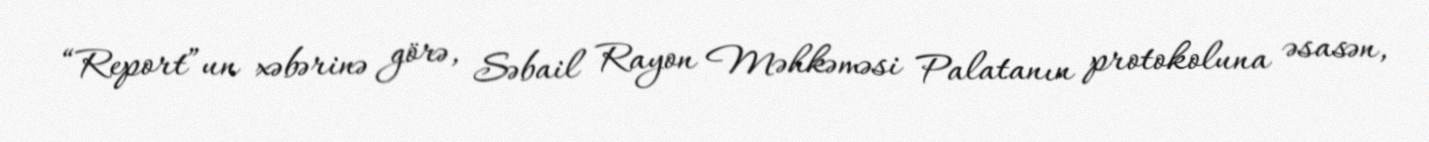
“Report”un xəbərinə görə, Səbail Rayon Məhkəməsi Palatanın protokoluna əsasən,